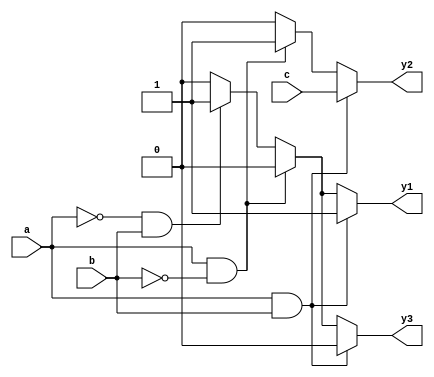
module combinational_logic (
    input wire a,
    input wire b,
    input wire c,
    output reg y1,
    output reg y2,
    output reg y3
);

always @* begin
    // Default assignments
    y1 = 0;
    y2 = 0;
    y3 = 0;

    // Conditional logic to determine outputs based on input combinations
    if (a && b) begin
        y1 = 1; // Output y1 is high if both a and b are high
        y2 = c; // Output y2 follows input c
    end else if (a && !b) begin
        y1 = 0; // Output y1 is low if a is high and b is low
        y2 = 1; // Output y2 is high if a is high and b is low
    end else if (!a && b) begin
        y1 = 1; // Output y1 is high if b is high and a is low
        y3 = 1; // Output y3 is high if b is high
    end else begin
        y3 = 0; // Default output for y3 when none of the above conditions are met
    end
end

endmodule